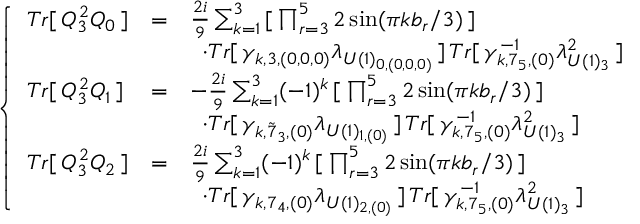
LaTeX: \left\{ \begin{array} { l l l } { { T r [ \, Q _ { 3 } ^ { 2 } Q _ { 0 } \, ] } } & { { = } } & { { \frac { 2 i } { 9 } \sum _ { k = 1 } ^ { 3 } \, [ \, \prod _ { r = 3 } ^ { 5 } 2 \sin ( { \pi k b _ { r } } / { 3 } ) \, ] \, } } \\ { { } } & { { } } & { { \, \, \, \cdot T r [ \, \gamma _ { k , 3 , ( 0 , 0 , 0 ) } \lambda _ { U ( 1 ) _ { 0 , ( 0 , 0 , 0 ) } } \, ] \, T r [ \, \gamma _ { k , 7 _ { 5 } , ( 0 ) } ^ { - 1 } \lambda _ { U ( 1 ) _ { 3 } } ^ { 2 } \, ] } } \\ { { T r [ \, Q _ { 3 } ^ { 2 } Q _ { 1 } \, ] } } & { { = } } & { { - \frac { 2 i } { 9 } \sum _ { k = 1 } ^ { 3 } ( - 1 ) ^ { k } \, [ \, \prod _ { r = 3 } ^ { 5 } 2 \sin ( { \pi k b _ { r } } / { 3 } ) \, ] \, } } \\ { { } } & { { } } & { { \, \, \, \cdot T r [ \, \gamma _ { k , { \tilde { 7 } } _ { 3 } , ( 0 ) } \lambda _ { U ( 1 ) _ { 1 , ( 0 ) } } \, ] \, T r [ \, \gamma _ { k , 7 _ { 5 } , ( 0 ) } ^ { - 1 } \lambda _ { U ( 1 ) _ { 3 } } ^ { 2 } \, ] } } \\ { { T r [ \, Q _ { 3 } ^ { 2 } Q _ { 2 } \, ] } } & { { = } } & { { \frac { 2 i } { 9 } \sum _ { k = 1 } ^ { 3 } ( - 1 ) ^ { k } \, [ \, \prod _ { r = 3 } ^ { 5 } 2 \sin ( { \pi k b _ { r } } / { 3 } ) \, ] \, } } \\ { { } } & { { } } & { { \, \, \, \cdot T r [ \, \gamma _ { k , 7 _ { 4 } , ( 0 ) } \lambda _ { U ( 1 ) _ { 2 , ( 0 ) } } \, ] \, T r [ \, \gamma _ { k , 7 _ { 5 } , ( 0 ) } ^ { - 1 } \lambda _ { U ( 1 ) _ { 3 } } ^ { 2 } \, ] } } \end{array} \right.